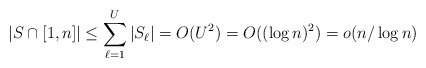
\begin{align*}\vert S\cap [1,n]\vert\leq \sum_{\ell=1}^U\vert S_{\ell}\vert=O(U^2)=O((\log n)^2)=o(n/\log n)\end{align*}